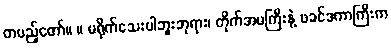
တပည့်တော်။ ။ မရိုက်သေးပါဘူးဘုရား၊ တိုက်အမကြီးနဲ့ ဖခင်ဒကာကြီးက